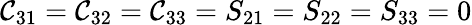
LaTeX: \mathcal{C}_{31}=\mathcal{C}_{32}=\mathcal{C}_{33}=S_{21}=S_{22}=S_{33}=0